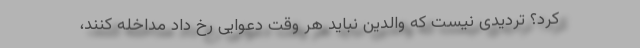
کرد؟ تردیدی نیست که والدین نباید هر وقت دعوایی رخ داد مداخله کنند،